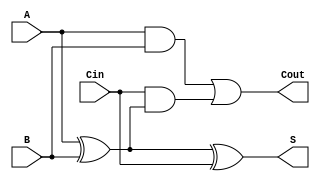
module FullAdder(
    input A,        // First input bit
    input B,        // Second input bit
    input Cin,      // Carry input
    output S,       // Sum output
    output Cout     // Carry output
);
    assign S = A ^ B ^ Cin;               // Sum calculation
    assign Cout = (A & B) | (Cin & (A ^ B)); // Carry calculation
endmodule